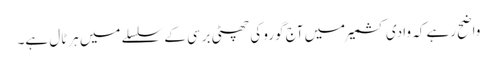
واضح رہے کہ وادی کشمیر میں آج گورو کی چھٹی برسی کے سلسلے میں ہرٹال ہے۔